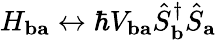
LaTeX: H_{\mathbf{ba}}\leftrightarrow\hbar V_{\mathbf{ba}}\hat{S}_{\mathbf{b}}^{\dagger}\hat{S}_{\mathbf{a}}